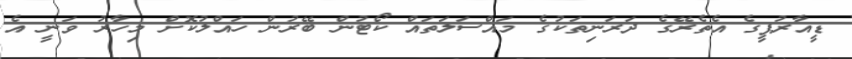
ޑީއާރުޕީގެ އެތެރޭގެ ދަރަނިތަކުގެ މައްސަލަތައް ކޯޓުން ބޭރުން ހައްލުކޮށް މިހާރު ވަނީ އެ